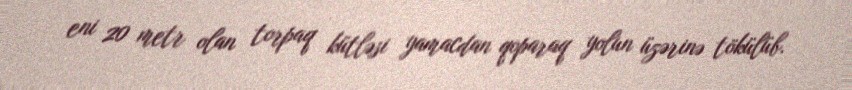
eni 20 metr olan torpaq kütləsi yamacdan qoparaq yolun üzərinə tökülüb.